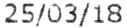
25/03/18